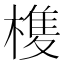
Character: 𭫺